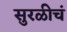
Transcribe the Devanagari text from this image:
सुरळीचं